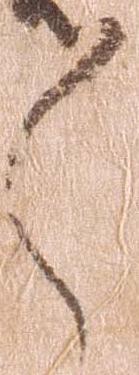
々